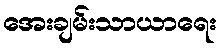
အေးချမ်းသာယာရေး